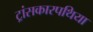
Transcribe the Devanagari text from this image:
ट्रांसकारपथिया